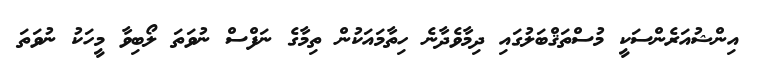
އިންޝުއަރެންސަކީ މުސްތަޤްބަލުގައި ދިމާވެދާނެ ހިތާމައަކުން ތިމާގެ ނަފްސް ނުވަތަ ލޯބިވާ މީހަކު ނުވަތަ